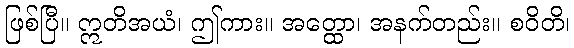
ဖြစ်ပြီ။ ဣတိအယံ၊ ဤကား။ အတ္ထော၊ အနက်တည်း။ စဝိတိ၊